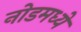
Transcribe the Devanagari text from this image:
नोडमध्ये